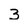
Character: 3